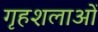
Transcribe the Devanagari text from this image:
गृहशलाओं